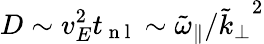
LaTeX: D\sim v_{E}^{2}t_{\mathrm{~n~l~}}\sim\tilde{\omega}_{\parallel}/{\tilde{k}_{\perp}}^{2}